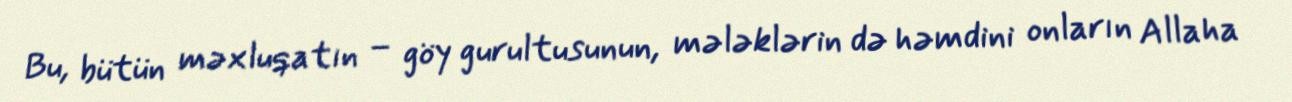
Bu, bütün məxluqatın – göy gurultusunun, mələklərin də həmdini onların Allaha